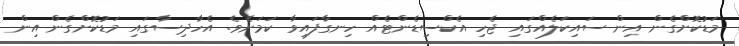
މަޑުކޮށްގެން އިން ސައިކަލެއްގައި ޖެހި އެކްސިޑެންޓެއް ހިނގާފައިވާ ކަމަށެވެ. އެހާދިސާގައި މަޑުކޮށްގެން އިން